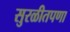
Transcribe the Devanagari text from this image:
सुरळीतपणा